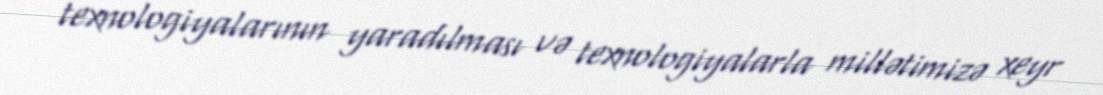
texnologiyalarının yaradılması və texnologiyalarla millətimizə xeyr